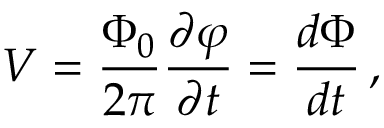
V = { \frac { \Phi _ { 0 } } { 2 \pi } } { \frac { \partial \varphi } { \partial t } } = { \frac { d \Phi } { d t } } \, ,